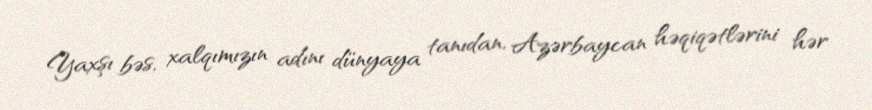
Yaxşı bəs, xalqımızın adını dünyaya tanıdan, Azərbaycan həqiqətlərini hər